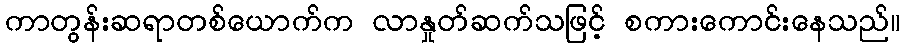
ကာတွန်းဆရာတစ်ယောက်က လာနှုတ်ဆက်သဖြင့် စကားကောင်းနေသည်။